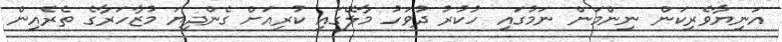
އަނިޔާވެރިކަން ނިންމަން ނަމުގައި ހުކުރު ދުވަހު މާލޭގައި ކުރިއަށް ގެންދިޔަ މުޒާހަރާގެ ތެރެއިން